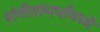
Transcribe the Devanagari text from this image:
संगीतस्पर्धांमध्ये